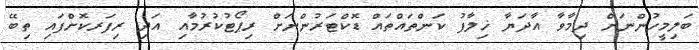
ބަލިމީހުންނަށް ދިމާވާ އާދަޔާ ޚިލާފު ކަންތައްތައް ޑޮކްޓަރުންނަށް ރިޕޯޓުކުރުމާއި އަދި ރިފަރކޮށްފައި ތިބޭ